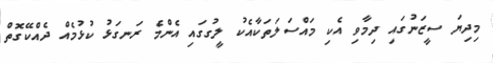
މިދިޔަ ސީޒަނުގައި ދިމާވި އެކި މައްސަލަތަކާއެކު ލީގުގައި އެންމެ ރަނގަޅު ކުޅުމެއް ދެއްކޭގޮތް